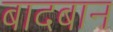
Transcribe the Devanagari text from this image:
बादबान